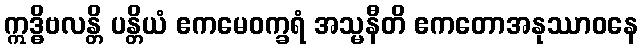
ဣဒ္ဓိဗလန္တိ ပန္တိယံ ဧကမေဝက္ခရံ အသ္မနီတိ ဧကတောအနုဿာဝနေ